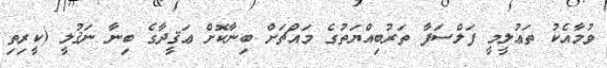
ވުމާއެކު ތަޢުލީމީ ފަލްސަފާ ތަރުބިއްޔަތުގެ މައްޗަށް ބިނާކޮށް ޢަޤީދާގެ ބިނާ ނަޤުލީ (ކީރިތި